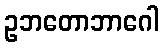
ဥဘတောဘာဂေါ